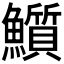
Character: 𩽄